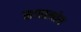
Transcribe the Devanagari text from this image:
सावालोय